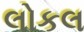
લોકલ